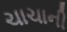
ચાચાની